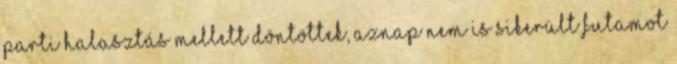
parti halasztás mellett döntöttek, aznap nem is sikerült futamot